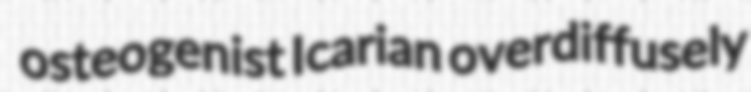
osteogenist Icarian overdiffusely